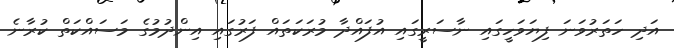
އަދި ހަތަރުވަނަ ފިޔަވަހީގައި ނާސަރީގައި އުފައްދާ މުރަކަތައް ފަރުގައި އިންދުމުގެ މަސައްކަތް ކުރާނެ